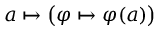
a \mapsto { \bigl ( } \varphi \mapsto \varphi ( a ) { \bigr ) }